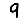
Digit: 9